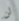
لن